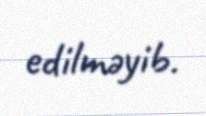
edilməyib.